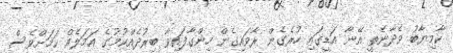
ކާމިޔާބު ވެދާނެތީ އޭނާ އަޑީގައި ހުރެގެން ރާވައިގެން ހިންގާފައިވާ ބިރުދެއްކުމުގެ އަމަލެއް ކަމަށްވެސް